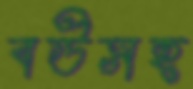
বউসহ